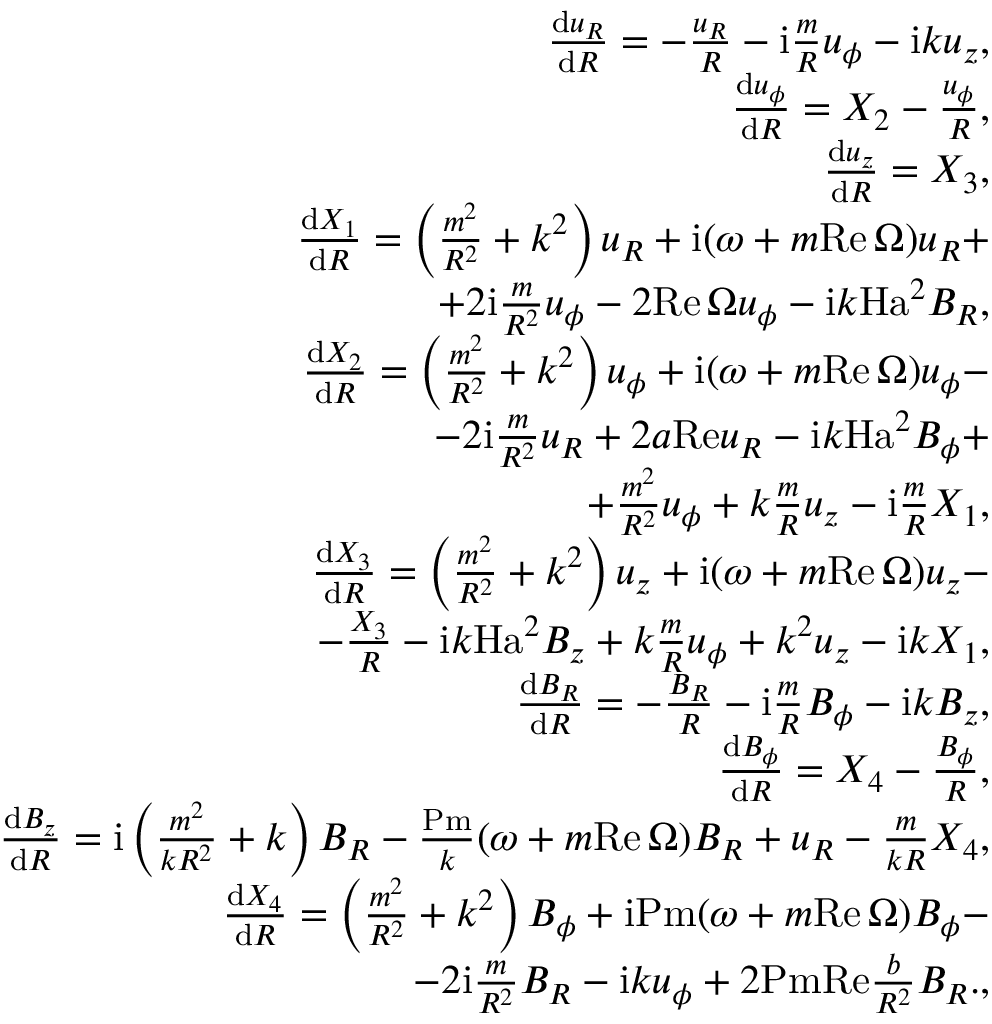
\begin{array} { r l r } & { } & { \frac { \mathrm { d } u _ { R } } { \mathrm { d } R } = - \frac { u _ { R } } { R } - \mathrm { i } \frac { m } { R } u _ { \phi } - { \mathrm { i } } k u _ { z } , } \\ & { } & { \frac { \mathrm { d } u _ { \phi } } { \mathrm { d } R } = X _ { 2 } - \frac { u _ { \phi } } { R } , } \\ & { } & { \frac { \mathrm { d } u _ { z } } { \mathrm { d } R } = X _ { 3 } , } \\ & { } & { \frac { \mathrm { d } X _ { 1 } } { \mathrm { d } R } = \left( \frac { m ^ { 2 } } { R ^ { 2 } } + k ^ { 2 } \right) u _ { R } + \mathrm { i } ( \omega + m { \mathrm { R e } } \, \Omega ) u _ { R } + } \\ & { } & { \quad \quad \quad \quad \quad \quad \quad \quad \quad + 2 { \mathrm { i } } \frac { m } { R ^ { 2 } } u _ { \phi } - 2 { \mathrm { R e } } \, \Omega u _ { \phi } - { \mathrm { i } } k { \mathrm { H a } } ^ { 2 } B _ { R } , } \\ & { } & { \frac { \mathrm { d } X _ { 2 } } { \mathrm { d } R } = \left( \frac { m ^ { 2 } } { R ^ { 2 } } + k ^ { 2 } \right) u _ { \phi } + { \mathrm { i } } ( \omega + m { \mathrm { R e } } \, \Omega ) u _ { \phi } - } \\ & { } & { \quad \quad \quad \quad \quad \quad \quad \quad \quad - 2 { \mathrm { i } } \frac { m } { R ^ { 2 } } u _ { R } + 2 a { \mathrm { R e } } u _ { R } - { \mathrm { i } } k \mathrm { H a } ^ { 2 } B _ { \phi } + } \\ & { } & { \quad \quad \quad \quad \quad \quad \quad \quad \quad + \frac { m ^ { 2 } } { R ^ { 2 } } u _ { \phi } + k \frac { m } { R } u _ { z } - { \mathrm { i } } \frac { m } { R } X _ { 1 } , } \\ & { } & { \frac { \mathrm { d } X _ { 3 } } { \mathrm { d } R } = \left( \frac { m ^ { 2 } } { R ^ { 2 } } + k ^ { 2 } \right) u _ { z } + { \mathrm { i } } ( \omega + m \mathrm { R e } \, \Omega ) u _ { z } - } \\ & { } & { \quad \quad \quad \quad \quad \quad \quad \quad \quad - \frac { X _ { 3 } } { R } - \mathrm { i } k { \mathrm { H a } } ^ { 2 } B _ { z } + k \frac { m } { R } u _ { \phi } + k ^ { 2 } u _ { z } - { \mathrm { i } } k X _ { 1 } , } \\ & { } & { \frac { \mathrm { d } B _ { R } } { \mathrm { d } R } = - \frac { B _ { R } } { R } - \mathrm { i } \frac { m } { R } B _ { \phi } - \mathrm { i } k B _ { z } , } \\ & { } & { \frac { \mathrm { d } B _ { \phi } } { \mathrm { d } R } = X _ { 4 } - \frac { B _ { \phi } } { R } , } \\ & { } & { \frac { \mathrm { d } B _ { z } } { \mathrm { d } R } = { \mathrm { i } } \left( \frac { m ^ { 2 } } { k R ^ { 2 } } + k \right) B _ { R } - \frac { \mathrm { P m } } { k } ( \omega + m \mathrm { R e } \, \Omega ) B _ { R } + u _ { R } - \frac { m } { k R } X _ { 4 } , } \\ & { } & { \frac { \mathrm { d } X _ { 4 } } { \mathrm { d } R } = \left( \frac { m ^ { 2 } } { R ^ { 2 } } + k ^ { 2 } \right) B _ { \phi } + \mathrm { i } \mathrm { P m } ( \omega + m \mathrm { R e } \, \Omega ) B _ { \phi } - } \\ & { } & { \quad \quad \quad \quad \quad \quad \quad \quad \quad - 2 { \mathrm { i } } \frac { m } { R ^ { 2 } } B _ { R } - \mathrm { i } k u _ { \phi } + 2 \mathrm { P m R e } \frac { b } { R ^ { 2 } } B _ { R } . , } \end{array}